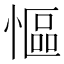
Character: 慪